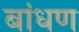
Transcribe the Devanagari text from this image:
बांधण